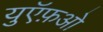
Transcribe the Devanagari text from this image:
युऍफ़ओ